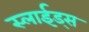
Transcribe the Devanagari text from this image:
स्लाईड्स